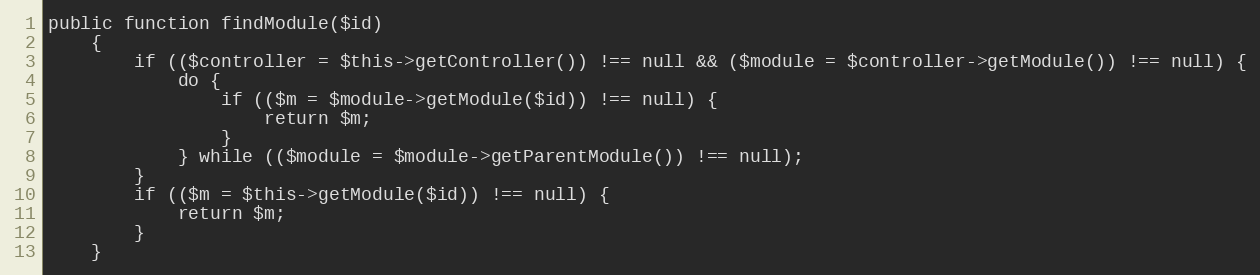
Language: PHP
public function findModule($id)
    {
        if (($controller = $this->getController()) !== null && ($module = $controller->getModule()) !== null) {
            do {
                if (($m = $module->getModule($id)) !== null) {
                    return $m;
                }
            } while (($module = $module->getParentModule()) !== null);
        }
        if (($m = $this->getModule($id)) !== null) {
            return $m;
        }
    }